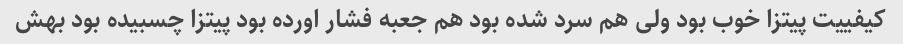
کیفییت پیتزا خوب بود ولی هم سرد شده بود هم جعبه فشار اورده بود پیتزا چسبیده بود بهش